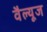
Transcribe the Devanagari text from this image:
वैल्यूज